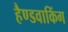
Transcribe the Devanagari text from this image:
हैण्डवाकिंग